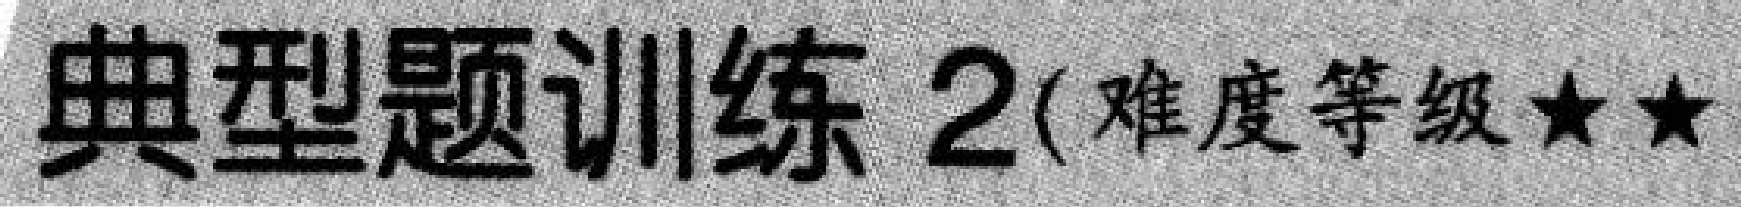
典型题训练 2(难度等级★★)